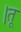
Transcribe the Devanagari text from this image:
।तू